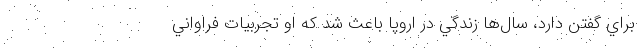
براي گفتن دارد، سال‌ها زندگي در اروپا باعث شد كه او تجربيات فراواني